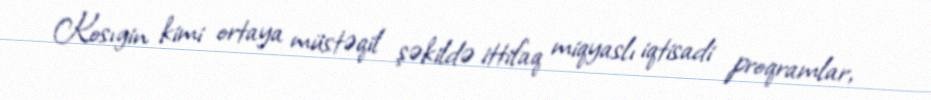
Kosıgin kimi ortaya müstəqil şəkildə ittifaq miqyaslı iqtisadi proqramlar,